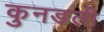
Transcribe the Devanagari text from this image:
कुनङली